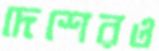
দেশেরও